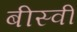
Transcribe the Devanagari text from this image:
बीस्वीं